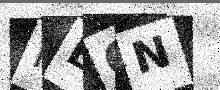
Text: PEON